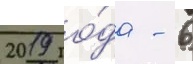
2019 го́да - 6